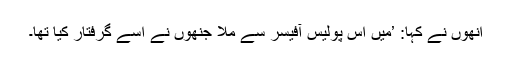
انھوں نے کہا: ’میں اس پولیس آفیسر سے ملا جنھوں نے اسے گرفتار کیا تھا۔